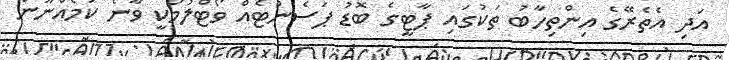
އަދި އެތެރޭގެ އިންތިހާބު ތަކުގައި ޕާޓީގެ ބޮޑު ޕަސެންޓެއް ވޯޓްލުމަކީ ވާނެ ކަމެއްނޫން